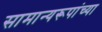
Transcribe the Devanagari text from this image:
सामान्यरूपांच्या